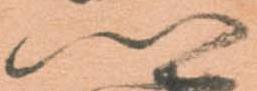
卿